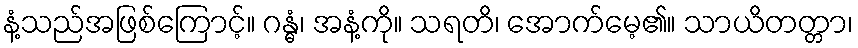
နံ့သည်အဖြစ်ကြောင့်။ ဂန္ဓံ၊ အနံ့ကို။ သရတိ၊ အောက်မေ့၏။ သာယိတတ္တာ၊